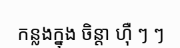
កន្លងក្នុង ចិន្តា ហ៊ឺ ៗ ៗ